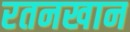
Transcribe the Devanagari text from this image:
रतनखान